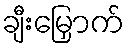
ချီးမြှောက်